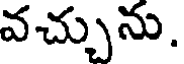
వచ్చును.